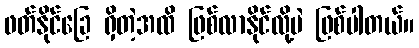
ဖတ်နိုင်ခြေ ရှိတဲ့အထိ ဖြစ်လာနိုင်လို့ပဲ ဖြစ်ပါတယ်။